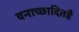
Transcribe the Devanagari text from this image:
वनाच्‍छादितहै